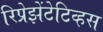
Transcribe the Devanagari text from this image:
रिप्रेझेंटेटिव्हस